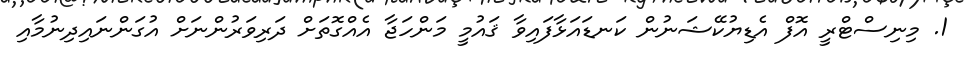
1. މިނިސްޓްރީ އޮފް އެޑިޔުކޭޝަނުން ކަނޑައަޅާފައިވާ ޤައުމީ މަންހަޖާ އެއްގޮތަށް ދަރިވަރުންނަށް އުގަންނައިދިނުމާއި